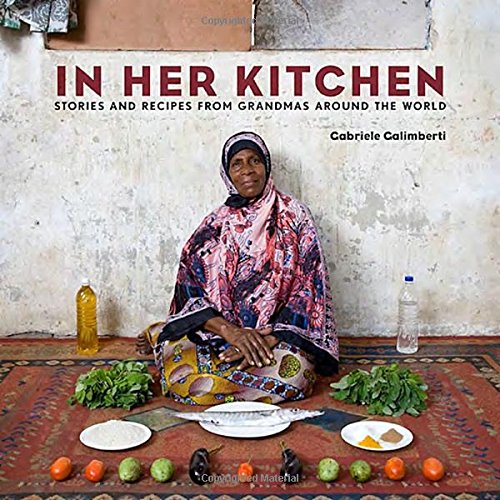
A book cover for In Her Kitchen: Stories and Recipes from Grandmas Around the World; Gabriele Galimberti; Cookbooks, Food & Wine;